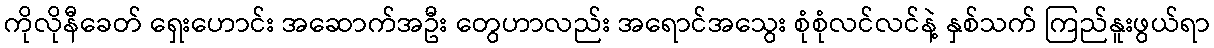
ကိုလိုနီခေတ် ရှေးဟောင်း အဆောက်အဦး တွေဟာလည်း အရောင်အသွေး စုံစုံလင်လင်နဲ့ နှစ်သက် ကြည်နူးဖွယ်ရာ